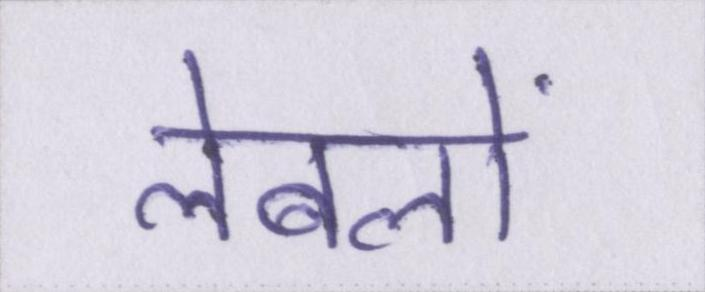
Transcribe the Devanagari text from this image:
लेबलों